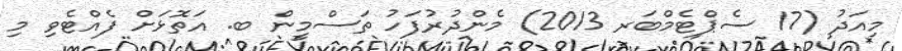
މިއަދު (17 ސެޕްޓެމްބަރ 2013) މެންދުރުފަހު ތަސްމީން ބ. އަތޮޅަށް ފެއްޓެވި މި